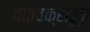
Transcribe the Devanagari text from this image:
वातचक्रातून